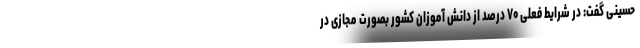
حسینی گفت: در شرایط فعلی ۷۰ درصد از دانش آموزان کشور بصورت مجازی در